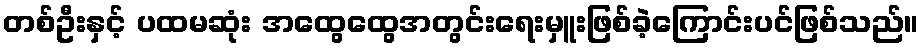
တစ်ဦးနှင့် ပထမဆုံး အထွေထွေအတွင်းရေးမှူးဖြစ်ခဲ့ကြောင်းပင်ဖြစ်သည်။